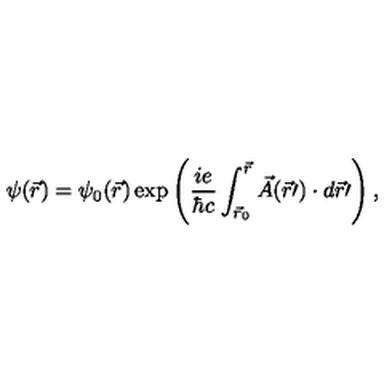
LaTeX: \psi ( \vec { r } ) = \psi _ { 0 } ( \vec { r } ) \exp \left( \frac { i e } { \hbar c } \int _ { { \vec { r } } _ { 0 } } ^ { \vec { r } } \vec { A } ( \vec { r } \prime ) \cdot d \vec { r } \prime \right) ,